Vaccination in the Punjab 1905-1918 - 1905-1918
Year: 1905
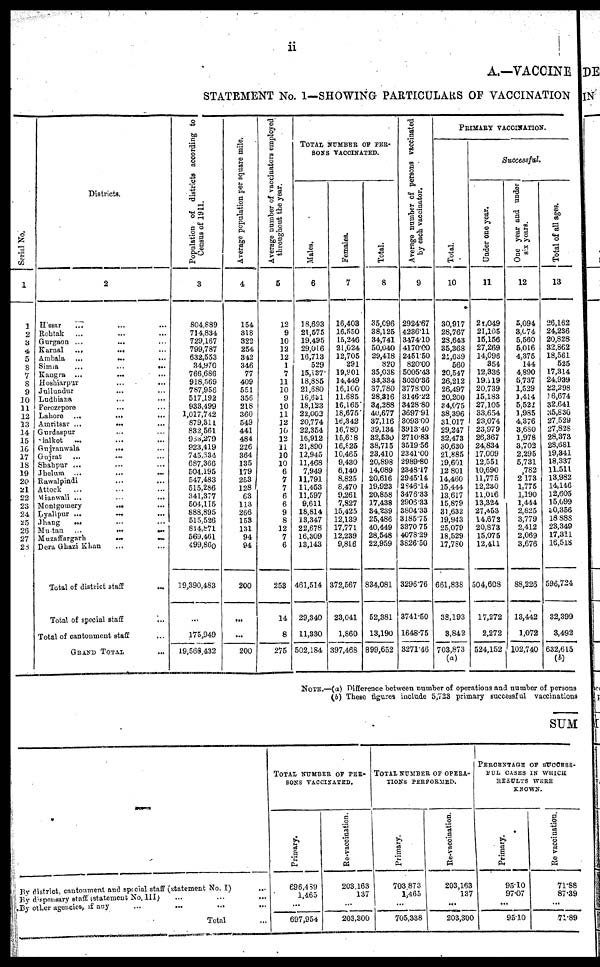
ii
A.—VACCINE
STATEMENT No. I—SHOWING PARTICULARS OF VACCINATION
Serial No.
1
1
2
3
4
5
6
7
8 9
10
11
12
13
14
15
16
17
18
19
20
21
22
23
24
25
26
27
28
Districts.
2
Hissar
...
...
...
Rohtak ... ... ...
Gurgaon ... ... ...
Karnal
...
...
...
Ambala
...
...
...
Simla ... ... ...
Kangra ... ... ...
Hoshiarpur
...
...
...
Jullundur ... ... ...
Ludhiana ... ... ...
Ferozepore ... ... ...
Lahore ... ... ...
Amritsar ... ... ...
Gurdaspur ... ... ...
Sialkot ... ... ...
Gujranwala ... ... ...
Gujrat ... ... ...
Shahpur ... ... ...
Jhelum ... ... ...
Rawalpindi ... ... ...
Attock ... ... ...
Mianwali ... ... ...
Montgomery
...
...
...
Lyallpur ... ... ...
Jhang ... ... ...
Multan ... ... ...
Muzaffargarh
...
...
...
Dera Ghazi Khan ... ... ...
Total of district staff
...
Total of special staff ...
Total of cantonment staff ...
GRAND TOTAL ...
Population of districts according to
Census of 1911.
3
804,889
714,834
729,167
799,787
632,553
34,970
766,686
918,569
787,956
517,192
933,499
1,017,742
879,311
832,561
953,279
923,419
745,334
687,366
504,195
547,483
515,286
341,377
504,115
888,895
515,526
814,871
569,461
499,860
19,390,483
...
175,949
19,568,432
Average population per square mile.
4
154
318
322
254
342
346
77
409
551
356
218
360
549
441
484
226
364
135
179
253
128
63
113
266
153
131
94
94
200
...
...
200
Average number of vaccinators employed
throughout the year.
5
12
9
10
12
12
1
7
11
10
9
10
11
12
10
12
11
10
10
6
7
7
6
6
9
8
12
7
6
253
14
8
275
TOTAL NUMBER OF PER¬
SONS VACCINATED.
Males.
6
18,693
21,575
19,495
29,016
16,713
529
15,137
18,885
21,680
16,631
18,123
22,002
20,774
22,354
16,912
21,890
12,945
11,468
7,949
11,791
11,453
11,597
9,611
18,814
13,347
22,678
16,309
13,143
461,514
29,340
11,330
502,184
Females.
7
16,403
16,550
15,246
21,024
12,705
291
19,901
14,449
16,100
11,685
16,165
18,675
16,342
16,780
15,618
16,825
10,465
9,430
6,140
8,825
8,470
9,261
7,827
15,425
12,139
17,771
12,239
9,816
372,567
23,041
1,860
397,468
Total.
8
35,096
38,125
34,741
50,040
29,418
820
35,038
33,334
37,780
28,316
34,288
40,677
37,116
39,134
32,530
38,715
23,410
20,898
14,089
20,616
19,923
20,858
17,438
34,239
25,486
40,449
28,548
22,959
834,081
52,381
13,190
899,652
Average number of persons vaccinated
by each vaccinator.
9
2924.67
4236.11
3474.10
4170.00
2451.50
820.00
5005.43
3030.36
3778.00
3146.22
3428.80
3697.91
3093.00
3913.40
2710.83
3519.56
2341.00
2989.80
2348.17
2945.14
2846.14
3476.33
2906.33
3804.33
3185.75
3370.75
4078.29
3826.50
3296.76
3741.50
1648.75
3271.46
PRIMARY VACCINATION.
Total.
10
30,917
28,767
28,643
35,368
21,639
560
20,547
26,212
26,497
20,200
34,075
38,396
31,017
29,247
32,473
30,630
21,885
19,601
12,801
14,460
15,444
13,617
15,879
31,632
19,943
25,079
18,529
17,780
661,838
38,193
3,842
703,873
(a)
Successful.
Under one year.
11
21,049
21,105
15,156
27,269
14,096
354
12,336
19,119
20,739
15,183
27,105
33,654
23,074
23,979
26,367
24,834
17,009
12,551
10,690
11,775
12,230
11,016
13,324
27,453
14,672
20,873
15,075
12,411
504,608
17,272
2,272
524,152
One year and under
six years.
12
5,094
3,074
5,560
5,016
4,375
144
4,890
5,737
1,529
1,414
5,521
1,985
4,376
3,680
1,978
3,702
2,295
5,731
,782
2,173
1,775
1,190
1,444
2,825
3,779
2,412
2,069
3,676
88,226
13,442
1,072
102,740
Total of all ages.
13
26,162
24,236
20,828
32,862
18,561
525
17,314
24,939
22,298
16,674
32,641
35,830
27,529
27,828
28,373
28,681
19,341
18,337
11,511
13,982
14,146
12,605
15,099
30,356
18,888
23,349
17,311
16,518
596,724
32,399
3,492
632,615
(b)
NOTE.—(a) Difference between number of operations and number of persons
(b) These figures include 5,723 primary successful vaccinations
SUM
By district, cantonment and special staff (statement No. I) ...
By dispensary staff (statement No. III) ... ...
By other agencies, if any ... ... ...
Total ...
TOTAL NUMBER OF PER-
SONS VACCINATED.
Primary.
696,489
1,463
...
697,954
Re-vaccination.
203,163
137
...
203,300
TOTAL NUMBER OF OPERA-
TIONS PERFORMED.
Primary.
703,873
l,465
...
705,338
Re-vaccination.
203,163
137
...
203,300
PERCENTAGE OF SUCCESS-
FUL CASES IN WHICH
RESULTS WERE
KNOWN.
Primary.
95.10
97.07
...
95.10
Re-vaccination.
71.88
87.39
...
71.89